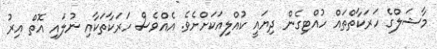
މާޝަލްގެ ހަރަކާތްތައް ހުއްޓިގެން ދިޔައީ ކުއްލިއަކަށްށެވެ. އެއްވެސް ހަރަކާތަކާއި ނުލައި އޮތް އިރު